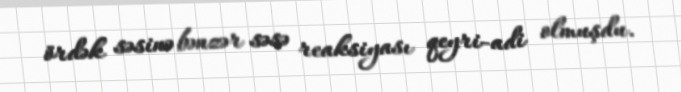
ördək səsinə bənzər səsə reaksiyası qeyri-adi olmuşdu.